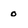
Character: 0